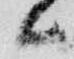
候